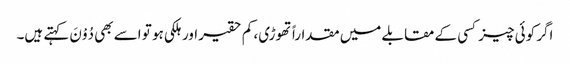
اگر کوئی چیز کسی کے مقابلے میں مقداراً تھوڑی، کم حقیر اور ہلکی ہو تو اسے بھی دُوْنَ کہتے ہیں۔